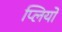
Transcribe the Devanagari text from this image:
प्लियो